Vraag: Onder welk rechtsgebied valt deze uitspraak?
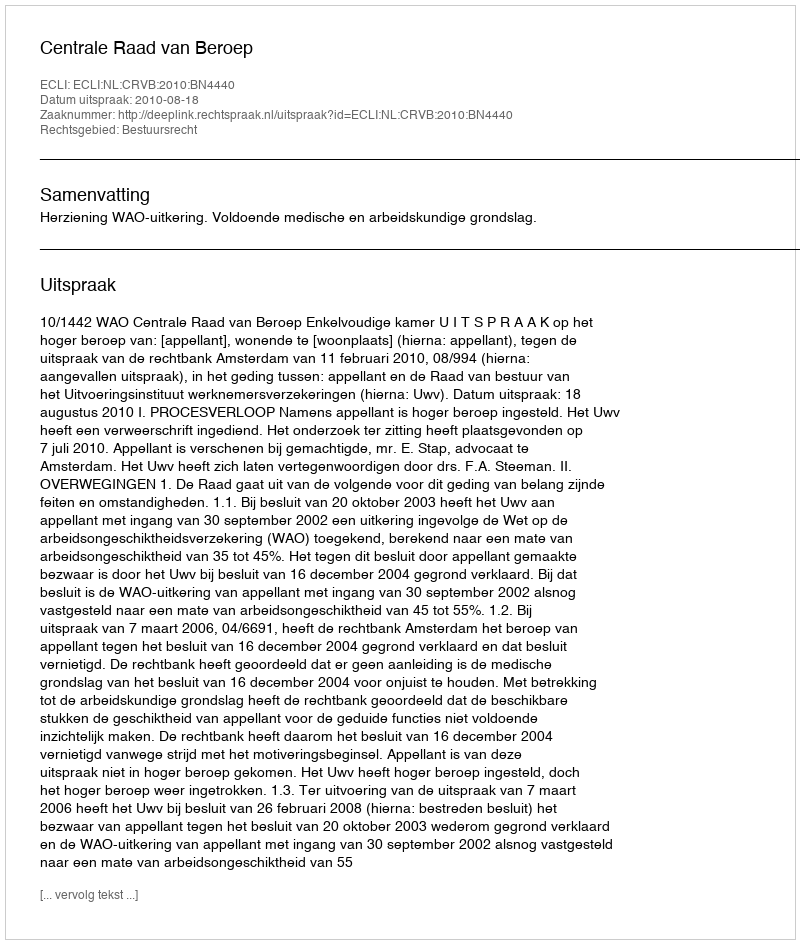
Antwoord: Bestuursrecht